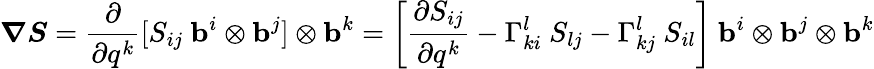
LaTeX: {\boldsymbol{\nabla}}{\boldsymbol{S}}={\frac{\partial}{\partial q^{k}}}[S_{ij}~\mathbf{b}^{i}\otimes\mathbf{b}^{j}]\otimes\mathbf{b}^{k}=\left[{\frac{\partial S_{ij}}{\partial q^{k}}}-\Gamma_{ki}^{l}~S_{lj}-\Gamma_{kj}^{l}~S_{il}\right]~\mathbf{b}^{i}\otimes\mathbf{b}^{j}\otimes\mathbf{b}^{k}